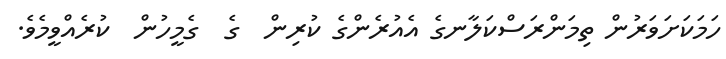
ހަމަކަށަވަރުން ތިމަންރަސްކަލާނގެ އެއުރެންގެ ކުރިން  ގެ  ގެމީހުން  ކުރެއްވީމެވެ.